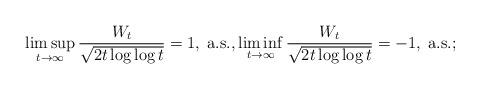
LaTeX: \begin{align*}\limsup_{t\to\infty}\frac{W_t}{\sqrt{2t\log\log t}}=1,\;\mbox{a.s.},\liminf_{t\to\infty}\frac{W_t}{\sqrt{2t\log\log t}}=-1,\;\mbox{a.s.};\end{align*}